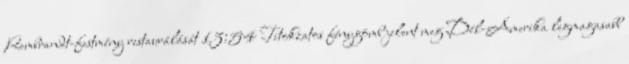
Rembrandt-festmény restaurálását 13:54 Titokzatos fénygömb jelent meg Dél-Amerika legmagasabb